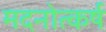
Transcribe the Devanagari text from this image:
मदनोत्कर्ष